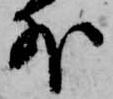
外